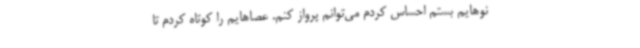
نوهایم بستم احساس کردم می‌توانم پرواز کنم. عصاهایم را کوتاه کردم تا